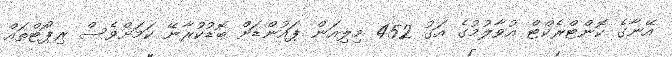
އޭނާގެ ކޮންޓްރެކްޓް އުވާލުމުގެ އަގު 452 މިލިއަން ޕައުންޑަށް ބޮޑުކުރާނޭ ކަމަށްވެސް ރިޕޯޓްތައް